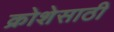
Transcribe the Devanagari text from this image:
क्रोशेसाठी